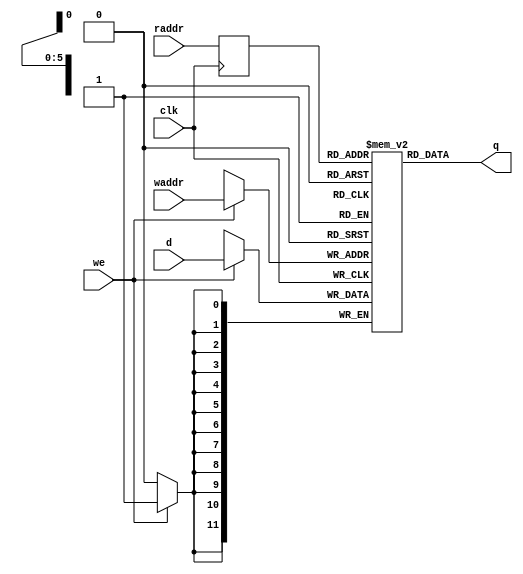
module RAM_6x12 (
    d,
    waddr,
    raddr,
    we,
    clk,
    q
);
// default addr width 6, data width 12

input [11:0] d;
input [5:0] waddr;
input [5:0] raddr;
input we;
input clk;
output [11:0] q;
wire [11:0] q;

reg [5:0] read_addr;

reg [11:0] mem [0:64-1];





assign q = mem[read_addr];


always @(posedge clk) begin: RAM_6X12_BEH_WRITE
    read_addr <= raddr;
    if (we) begin
        mem[waddr] <= d;
    end
end

endmodule